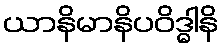
ယာနိမာနိပဝိဒ္ဓါနိ